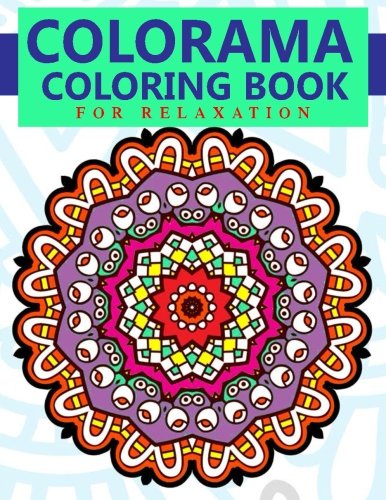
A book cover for Colorama Coloring Book for Relaxation (Volume 10); Colorama Coloring Book; Arts & Photography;